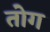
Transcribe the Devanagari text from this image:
तोग